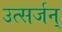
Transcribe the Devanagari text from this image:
उत्सर्जन्